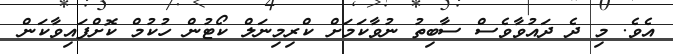
އެވެ. މި ދެ ދައުވާވެސް ސާބިތު ނުވާކަމަށް ކްރިމިނަލް ކޯޓުން ހުކުމް ކޮށްފައިވާކަން